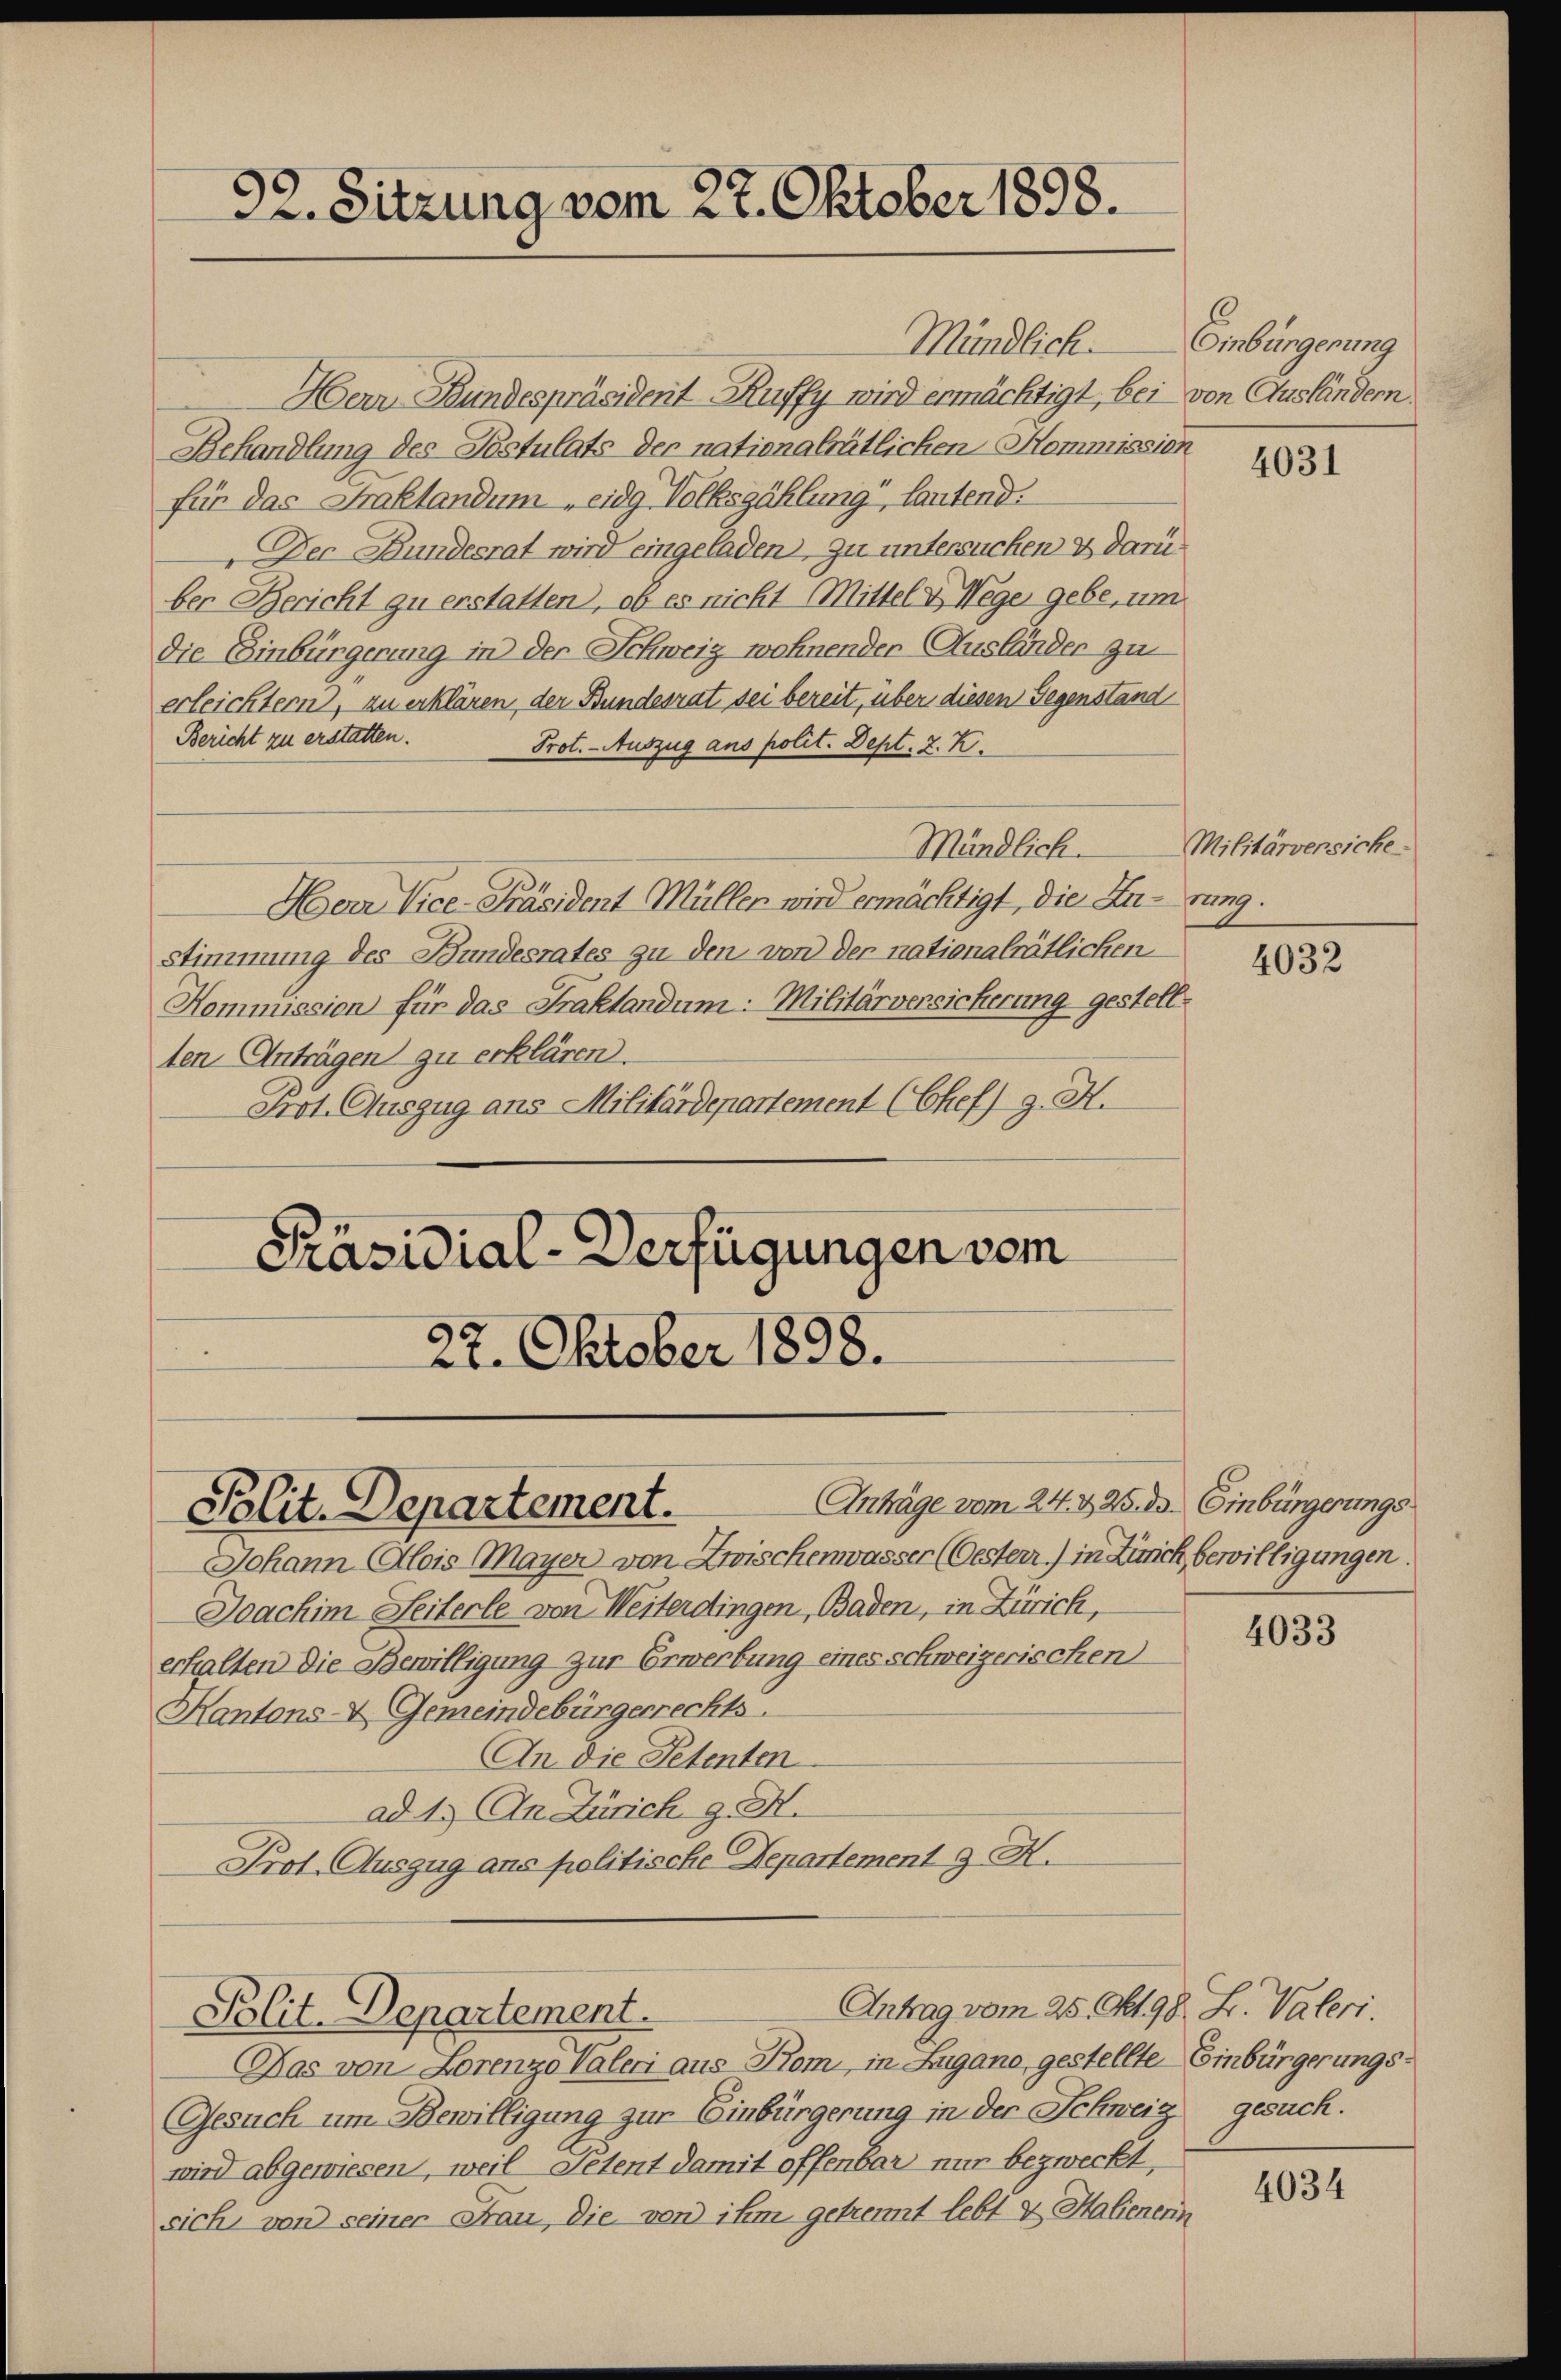
92. Sitzung vom 27. Oktober 1898.

Mündlich.
Herr Bundespräsident Kuffy wird ermächtigt, bei von Ausländern
Behandlung des Postulats der nationalrätlichen Kommission
für das Praktandum eidg Volkszählung, lautend:
Der Bundesrat wird eingeladen, zu untersuchen u darüber Bericht zu erstatten, ob es nicht Mittel & Wege gebe, um
die Einbürgerung in der Schweiz wohnender Ausländer zu
erleichtern, zu erklären, der Bundesrat sei bereit, über diesen Gegenstand
Bericht zu erstatten.
Prot. - Auszug aus polit. Dept. 2. K.
Mündlich.
Herr Vice-Präsident Müller wird ermächtigt, die Zu-rung.
Stimmung des Bundesrates zu den von der nationalrätlichen
Kommission für das Praktandum: Militärversicherung gestell
ten Anträgen zu erklären.
Frot. Auszug ans Militärdepartement (Chef) g. H.
Präsidial-Verfügungen vom
22. Oktober 1898.

Anträge vom 24. & 26. d. Einbürgerungs¬
Polit. Departement.

Johann Alois Mayer von Zwischenwasser (Oester) in Zürich bewilligungen.
Joachim Seiterle von Weiterdingen, Baden, in Zürich,
erhalten die Bewilligung zur Erwerbung eines schweizerischen
Kantons-V. Gemeindebürgerrechts.
An die Petenten
ad 1. An Zürich z. H.
Prot. Auszug ans politische Departement 9. H.

Polit. Departement.

Antrag vom 25. Okt 98. L. Vateri.

Das von Lorenzo Valeri aus Kom, in Zugano, gestellte Einbürgerungs¬
Gesuch um Bewilligung zur Einbürgerung in der Schweiz gesuch.
wird abgewiesen, weil Petent damit offenbar nur bezweckt,
sich von seiner Frau, die von ihm getrennt lebt & Halienerin

Einbürgerung

4031

Militärversiche

4032

4033

4034